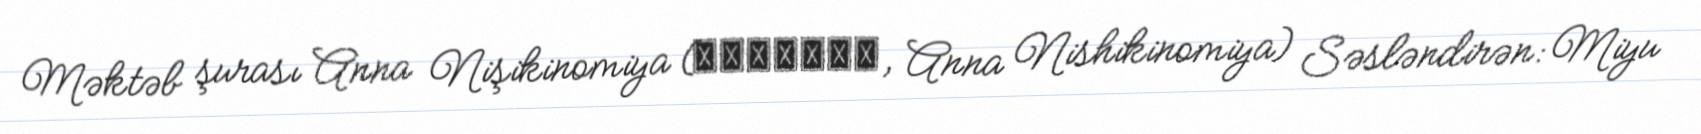
Məktəb şurası Anna Nişikinomiya (アンナ・錦ノ宮, Anna Nishikinomiya) Səsləndirən: Miyu